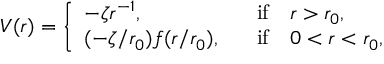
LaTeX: V ( r ) = \left\{ \begin{array} { l l } { { - \zeta r ^ { - 1 } , ~ ~ } } & { { \mathrm { i f } ~ ~ ~ r > r _ { 0 } , } } \\ { { ( - \zeta / r _ { 0 } ) f ( r / r _ { 0 } ) , ~ ~ } } & { { \mathrm { i f } ~ ~ ~ 0 < r < r _ { 0 } , } } \end{array} \right.